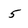
Character: 5